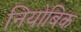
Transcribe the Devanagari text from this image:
नियोबिक